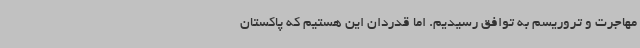
مهاجرت و تروریسم به توافق رسیدیم. اما قدردان این هستیم که پاکستان